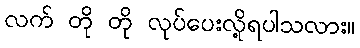
လက် တို တို လုပ်ပေးလို့ရပါသလား။